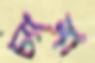
চ্যাঙ্গা